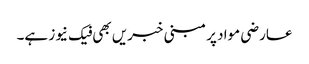
عارضی مواد پر مبنی خبریں بھی فیک نیوز ہے۔